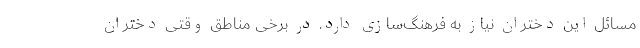
مسائل این دختران نیاز به فرهنگ‌سازی دارد. در برخی مناطق وقتی دختران